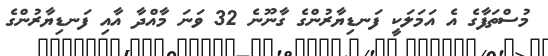
މުސްތަފާގެ އެ އަމަލަކީ ފަނޑިޔާރުންގެ ގާނޫނެ 32 ވަނަ މާއްދާ އާއި ފަނޑިޔާރުންގެ